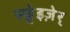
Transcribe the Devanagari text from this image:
स्छ्वेइज़ेर्